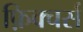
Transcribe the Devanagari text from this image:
फ़िक्चर्स